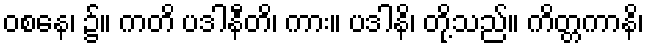
ဝစနေ၊ ၌။ ကတိ ပဒါနီတိ၊ ကား။ ပဒါနိ၊ တို့သည်။ ကိတ္တကာနိ၊